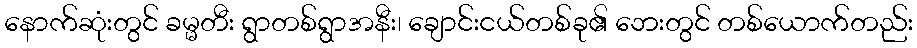
နောက်ဆုံးတွင် ခမ္မတီး ရွာတစ်ရွာအနီး၊ ချောင်းငယ်တစ်ခု၏ ဘေးတွင် တစ်ယောက်တည်း